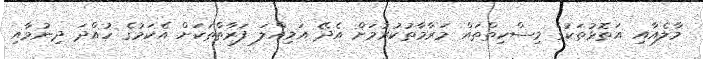
މާލެއާއި އަތޮޅުތަކުގެ މިސްކިތްތައް މަރާމާތުކުރުމަށް އެދޭ އަމިއްލަ ފަރާތްތަކަށް އެކަމުގެ ހުއްދަ ދިނުމާއި